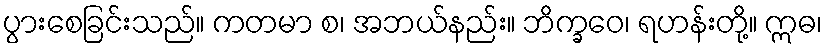
ပွားစေခြင်းသည်။ ကတမာ စ၊ အဘယ်နည်း။ ဘိက္ခဝေ၊ ရဟန်းတို့။ ဣဓ၊